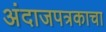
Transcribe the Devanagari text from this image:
अंदाजपत्रकाचा